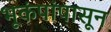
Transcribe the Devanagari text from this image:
भूकंपांपासून